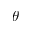
\theta